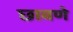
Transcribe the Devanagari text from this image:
छावणे